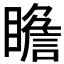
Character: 𱳎